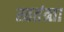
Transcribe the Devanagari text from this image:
स्वतंत्र्ता